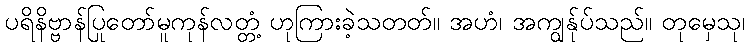
ပရိနိဗ္ဗာန်ပြုတော်မူကုန်လတ္တံ့ ဟုကြားခဲ့သတတ်။ အဟံ၊ အကျွန်ုပ်သည်။ တုမှေသု၊